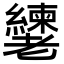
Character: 𬚎